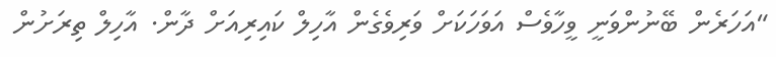
"އަހަރެން ބޭނުންވަނީ ވީހާވެސް އަވަހަކަށް ވަރިވެގެން އާހިލް ކައިރިއަށް ދާން. އާހިލް ތިރަށުން